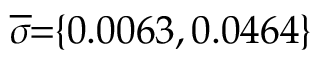
\! \! \! \overline { { \sigma } } \! \! = \! \! \{ 0 . 0 0 6 3 , 0 . 0 4 6 4 \} \! \! \!